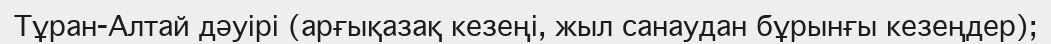
Тұран-Алтай дәуірі (арғықазақ кезеңі, жыл санаудан бұрынғы кезеңдер);